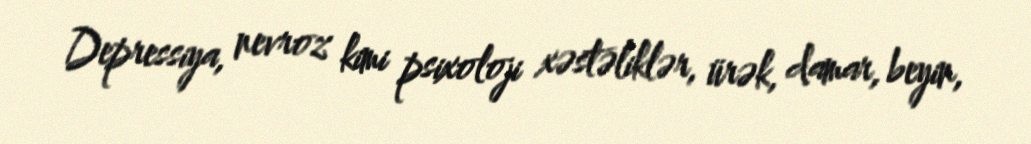
Depressiya, nevroz kimi psixoloji xəstəliklər, ürək, damar, beyin,